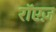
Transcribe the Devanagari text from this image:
रॉएज़